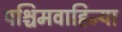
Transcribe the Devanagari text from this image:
पश्चिमवाहिन्या